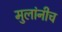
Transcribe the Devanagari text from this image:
मुलांनीच